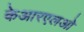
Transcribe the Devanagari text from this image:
केआरएलओ